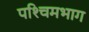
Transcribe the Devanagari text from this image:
पश्‍चिमभाग